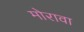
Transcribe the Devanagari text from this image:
मोरावा